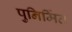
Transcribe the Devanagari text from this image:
पुनिर्मित